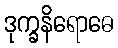
ဒုက္ခနိရောဓေ